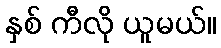
နှစ် ကီလို ယူမယ်။